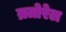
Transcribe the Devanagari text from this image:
म्रतोरेल